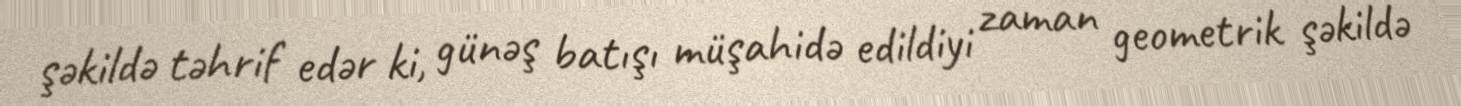
şəkildə təhrif edər ki, günəş batışı müşahidə edildiyi zaman geometrik şəkildə